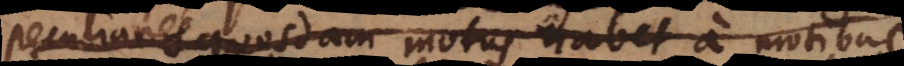
peculiares quosdam motus habet a moti